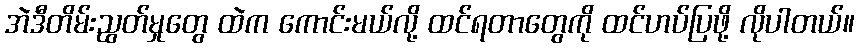
အဲဒီတိမ်းညွတ်မှုတွေ ထဲက ကောင်းမယ်လို့ ထင်ရတာတွေကို ထင်ဟပ်ပြဖို့ လိုပါတယ်။